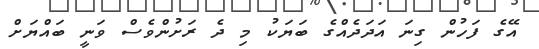
އޭގެ ފަހުން ގިނަ އަަދަދެއްގެ ބަޔަކު މި ދެ ރަށުންވެސް ވަނީ ބައްޔަށް